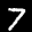
Label: 7